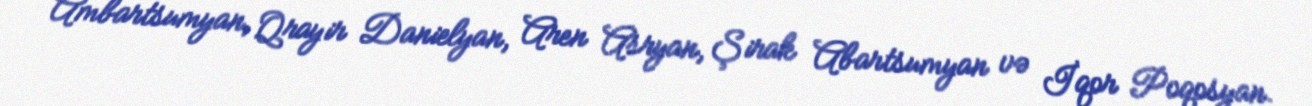
Ambartsumyan, Qrayir Danielyan, Aren Asryan, Şirak Abartsumyan və İqor Poqosyan.